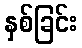
နှစ်ခြင်း